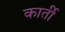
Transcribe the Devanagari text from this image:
कार्ती